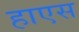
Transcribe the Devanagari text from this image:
हाएस